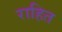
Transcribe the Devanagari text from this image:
राहित